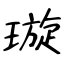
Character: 璇